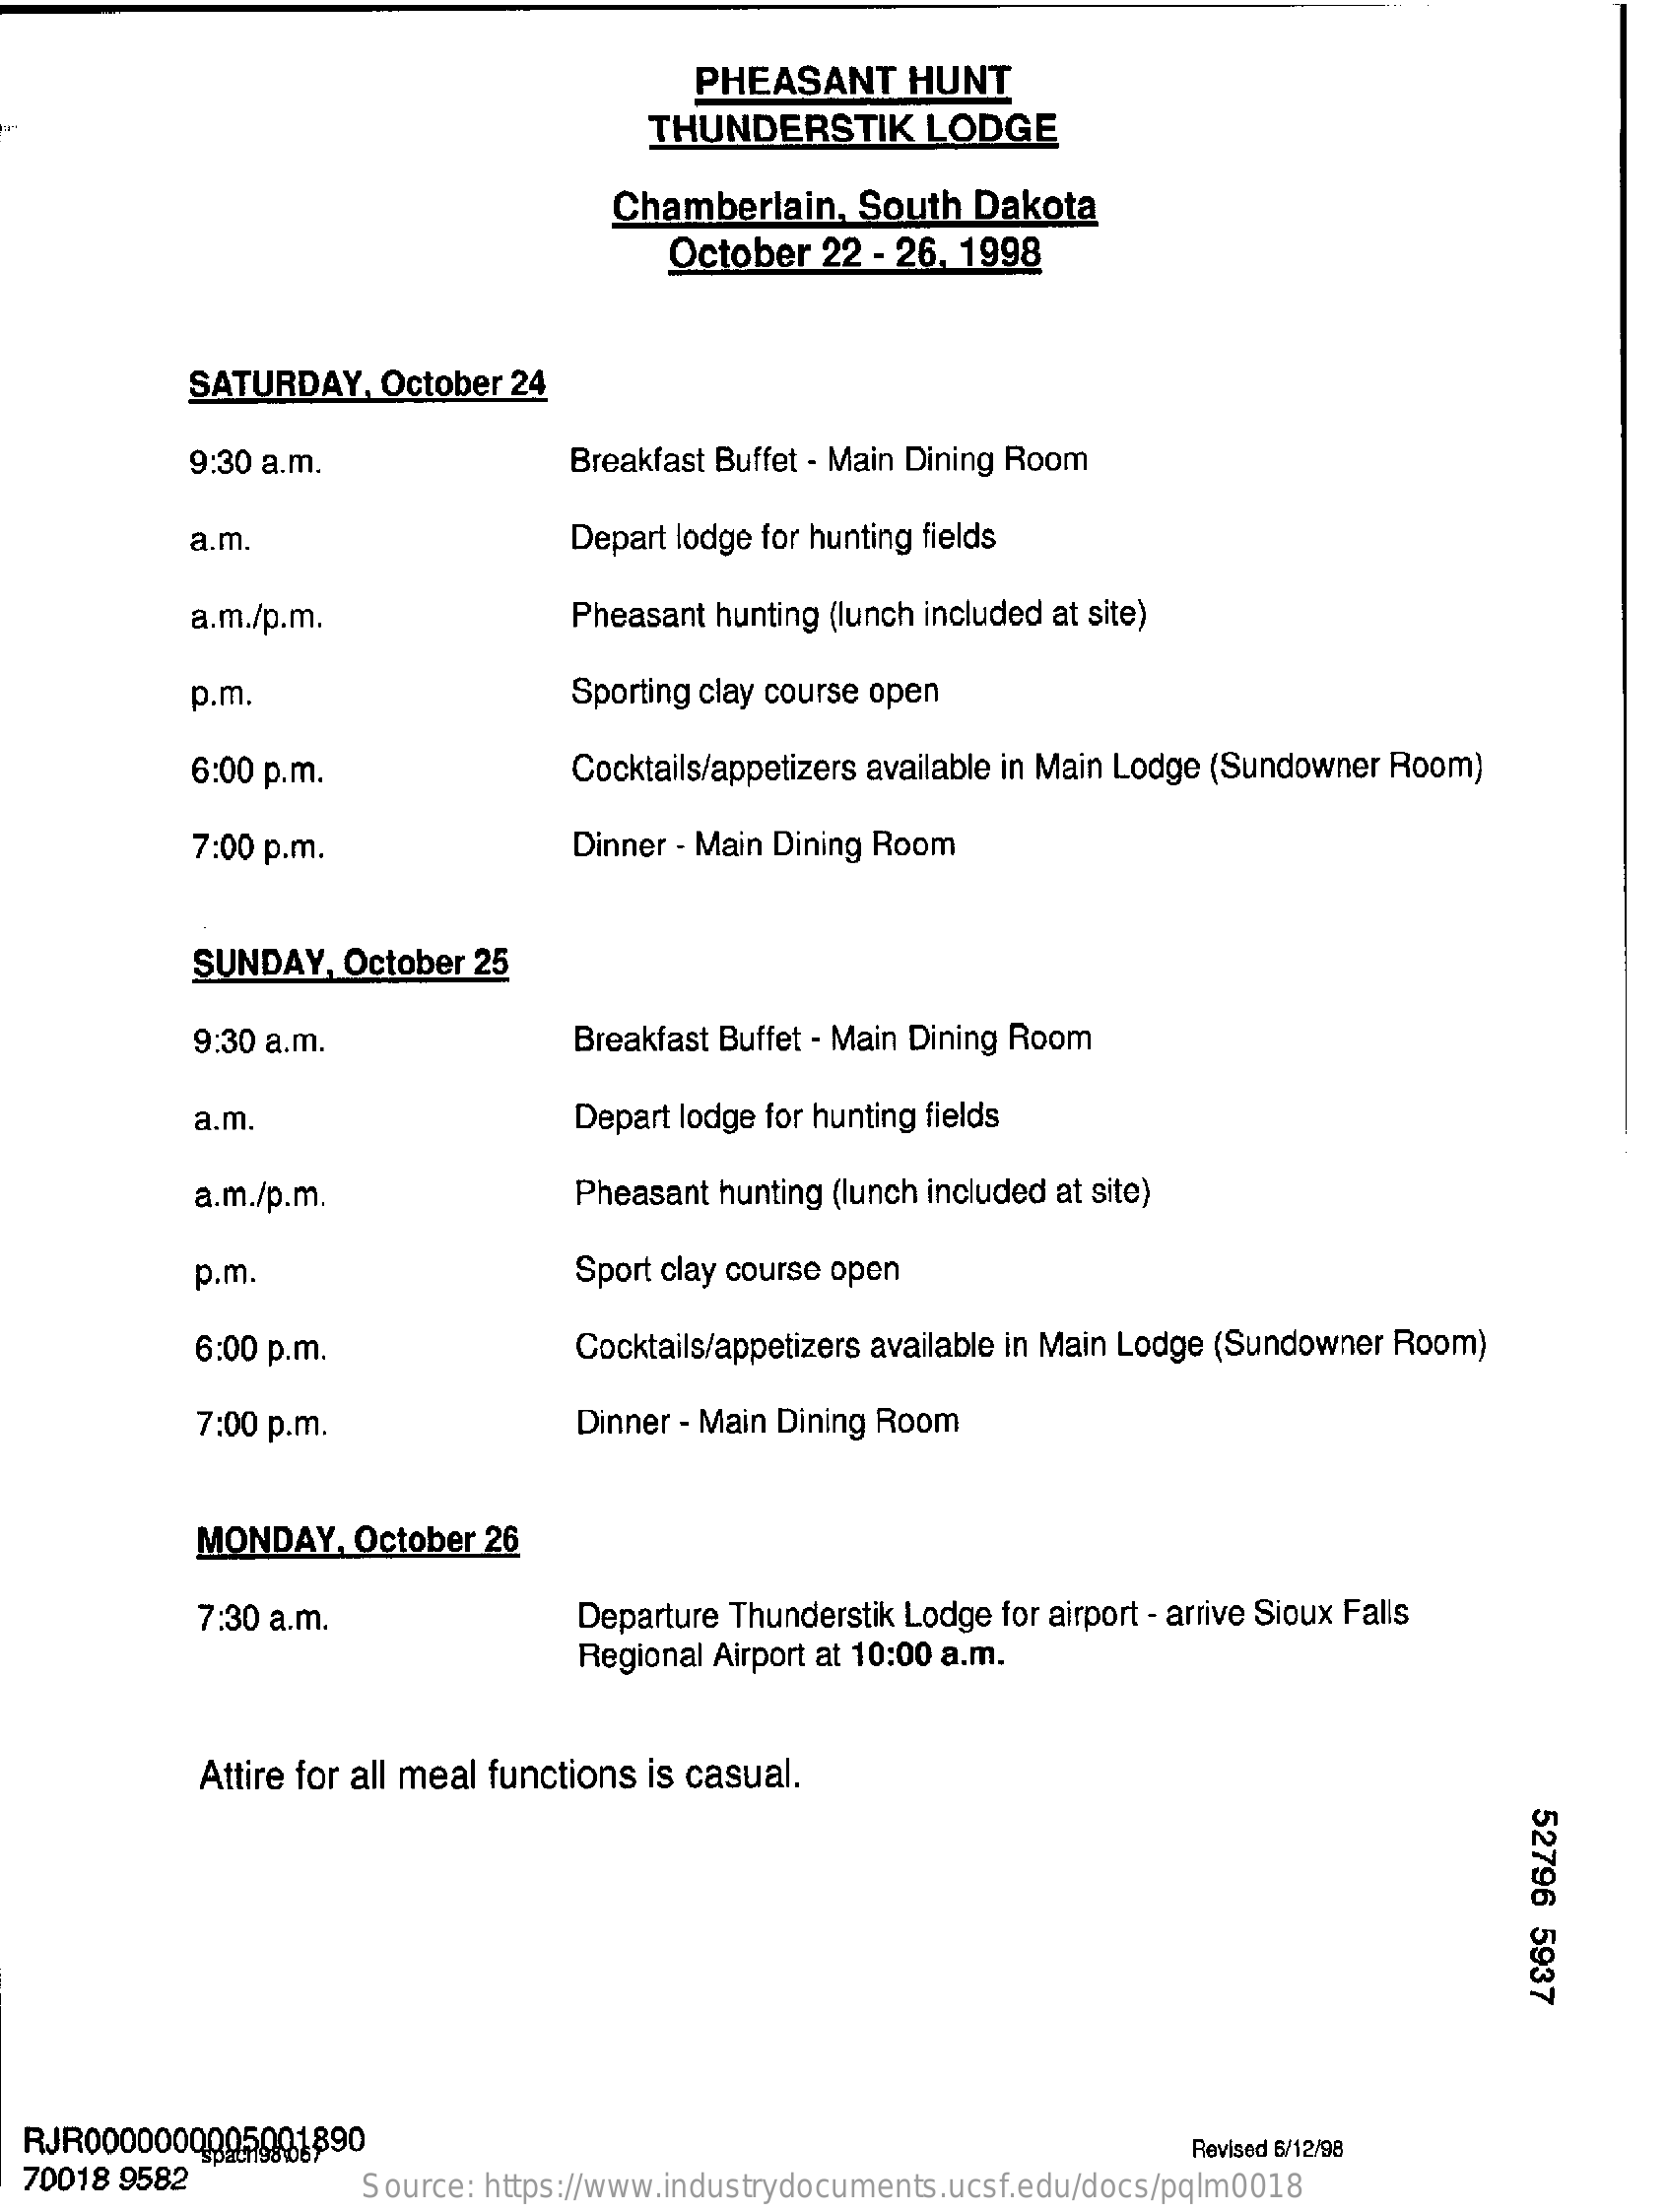
PHEASANT  HUNT
     THUNDERSTIK  LODGE
     Chamberlain, South Dakota
     October 22 - 26. 1998
     SATURDAY, October 24
     9:30 a.m.    Breakfast Buffet - Main Dining Room
     a.m.    Depart lodge for hunting fields
     a.m./p.m.    Pheasant hunting (lunch included at site)
     p.m.    Sporting clay course open
     6:00 p.m.    Cocktails/appetizers available in Main Lodge (Sundowner Room)
     7:00 p.m.    Dinner - Main Dining Room
     SUNDAY, October 25
     9:30 a.m.    Breakfast Buffet - Main Dining Room
     a.m.    Depart lodge for hunting fields
     a.m./p.m.    Pheasant hunting (lunch included at site)
     p.m.    Sport clay course open
     6:00 p.m.    Cocktails/appetizers available in Main Lodge (Sundowner Room)
     7:00 p.m.    Dinner - Main Dining Room
     MONDAY, October 26
     7:30 a.m.    Departure Thunderstik Lodge for airport - arrive Sioux Falls
     Regional Airport at 10:00 a.m.
     Attire for all meal functions is casual.
     52796
     5937
  RJR0000000005001890
  70018 9582
     Revised 6/12/98
     Source: https://www.industrydocuments.ucsf.edu/docs/pqlm0018